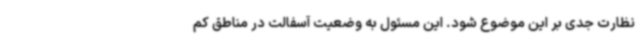
نظارت جدی بر این موضوع شود. این مسئول به وضعیت آسفالت در مناطق کم